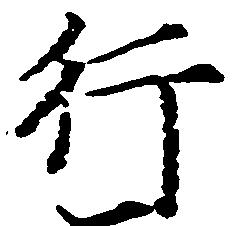
行